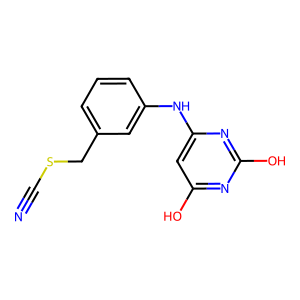
SMILES: N#CSCc1cccc(Nc2cc(O)nc(O)n2)c1
Inhibits HIV replication: No